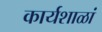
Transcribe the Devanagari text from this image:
कार्यशाळां